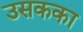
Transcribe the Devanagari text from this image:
उसकका